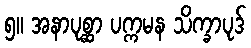
၅။ အနာပုစ္ဆာ ပက္ကမန သိက္ခာပုဒ်